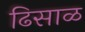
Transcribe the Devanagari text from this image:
ढिसाळ